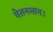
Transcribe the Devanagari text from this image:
वेतनमान।